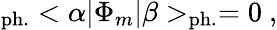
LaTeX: _{\mathrm{ph.}}<\alpha|\Phi_{m}|\beta>_{\mathrm{ph.}}=0~,